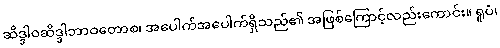
ဆိဒ္ဒါဝဆိဒ္ဒါဘာဝတောစ၊ အပေါက်အပေါက်ရှိသည်၏ အဖြစ်ကြောင့်လည်းကောင်း။ ရူပံ၊